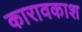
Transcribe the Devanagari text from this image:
कारावकाश